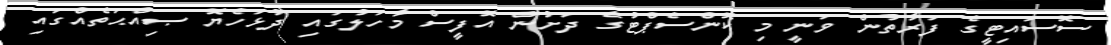
ސޮސައިޓީގެ ފަރާތުން ވަނީ މި ކޮންސެޕްޓުގެ ދަށުން އޮފީސް މާހަލުގައި ދުޅަހެޔޮ ޞިއްޙަތެއްގައި